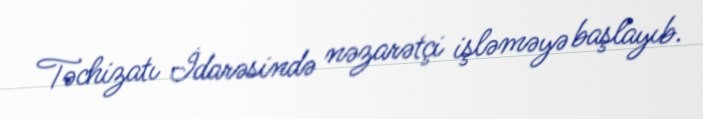
Təchizatı İdarəsində nəzarətçi işləməyə başlayıb.